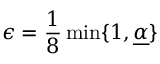
\epsilon = \frac { 1 } { 8 } \operatorname* { m i n } \lbrace 1 , \underline { { \alpha } } \rbrace